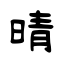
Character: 晴